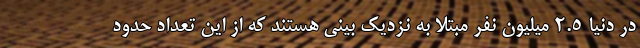
در دنیا 2.5 میلیون نفر مبتلا به نزدیک بینی هستند که از این تعداد حدود